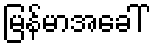
မြန်မာအခေါ်